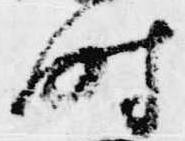
時